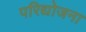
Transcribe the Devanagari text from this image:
परिद्योजना